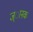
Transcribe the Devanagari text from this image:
ज्ानक